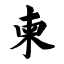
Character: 柬